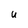
Character: U